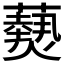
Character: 𮒫